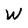
Character: W